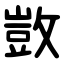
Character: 敳